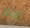
مثير